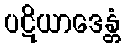
ပဋိယာဒေန္တံ